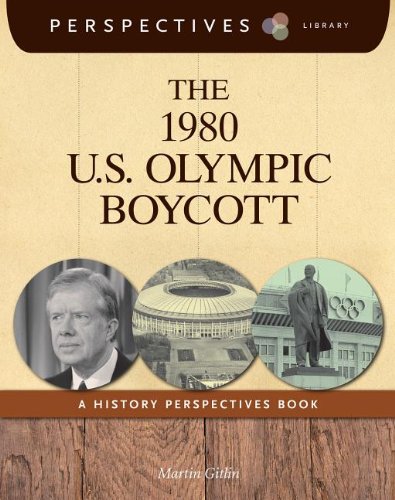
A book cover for The 1980 U.S. Olympic Boycott: A History Perspectives Book (Perspectives Library); Martin Gitlin; Children's Books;